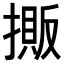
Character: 𢴔